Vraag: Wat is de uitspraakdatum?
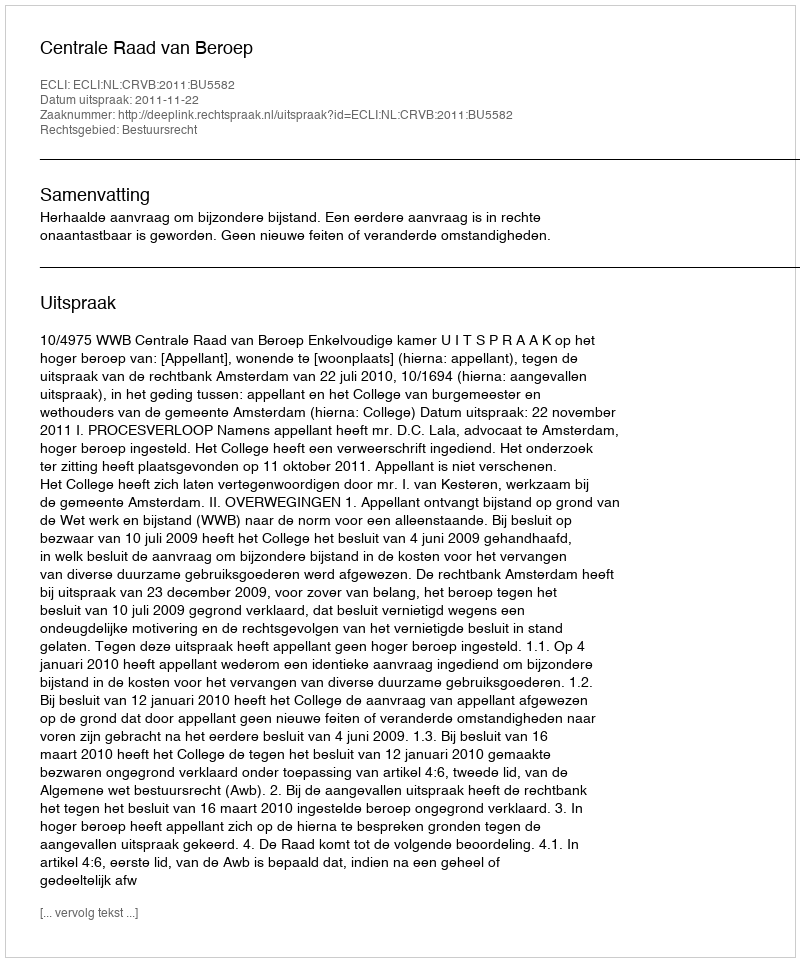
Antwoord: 2011-11-22